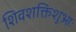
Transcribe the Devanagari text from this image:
शिवशक्तिशुभ्राः